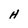
Character: H